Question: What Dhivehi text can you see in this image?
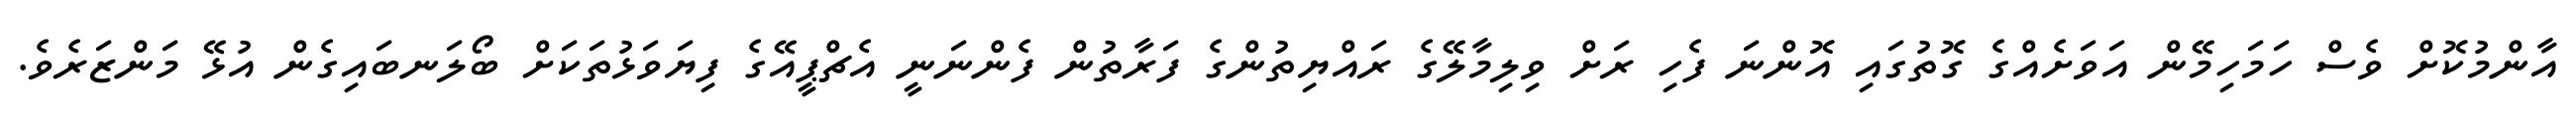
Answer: އާންމުކޮށް ވެސް ހަމަހިމޭން އަވަށެއްގެ ގޮތުގައި އޮންނަ ފެހި ރަށް ވިލިމާލޭގެ ރައްޔިތުންގެ ފަރާތުން ފެންނަނީ އެޗްޕީއޭގެ ފިޔަވަޅުތަކަށް ބޯލަނބައިގެން އުޅޭ މަންޒަރެވެ.